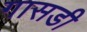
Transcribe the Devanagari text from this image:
गासडी